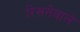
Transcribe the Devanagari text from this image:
रिसनेवाले